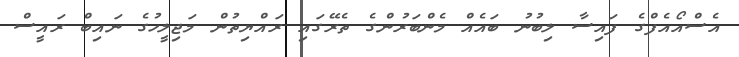
އެސްއޯއެފްގެ ފައިސާ ލިބުނު ބައެއް މެންބަރުންގެ ތެރޭގައި ރައްޔިތުން މަޖިލީހުގެ ނައިބް ރައީސް